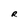
Character: R